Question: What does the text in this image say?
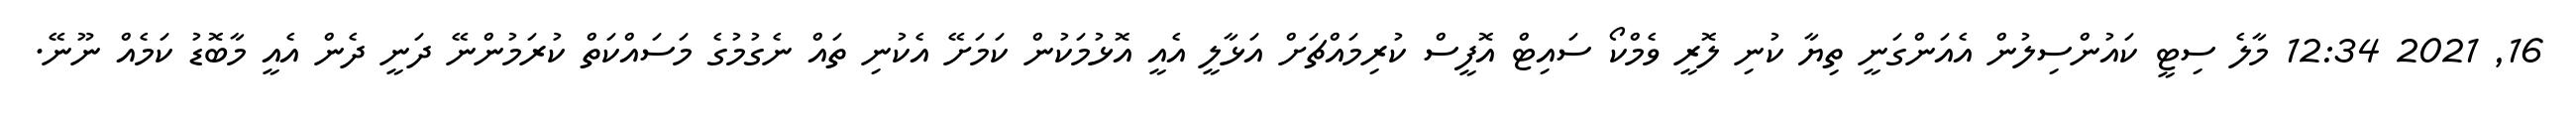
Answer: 16, 2021 12:34 މާލެ ސިޓީ ކައުންސިލުން އެއަންގަނީ ތިޔާ ކުނި ލޮރީ ވެމްކޯ ސައިޓް އޮފީސް ކުރިމައްޗަށް އަޅާލީ އެއީ އޮޅުމަކުން ކަމަށޭ އެކުނި ތައް ނެގުމުގެ މަސައްކަތް ކުރަމުންނޭ ދަނީ ދެން އެއީ މާބޮޑު ކަމެއް ނޫނޭ.